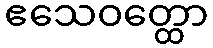
ဧသေဝတ္ထော